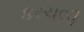
કરચલી